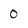
Character: 0